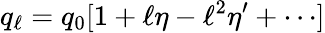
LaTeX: q_{\ell}=q_{0}[1+\ell\eta-\ell^{2}\eta^{\prime}+\cdots]